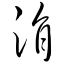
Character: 涓